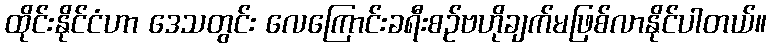
ထိုင်းနိုင်ငံဟာ ဒေသတွင်း လေကြောင်းခရီးစဉ်ဗဟိုချက်မဖြစ်လာနိုင်ပါတယ်။